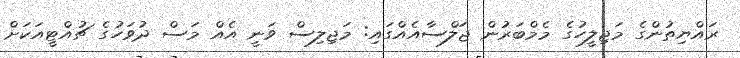
ރައްޔިތުންގެ މަޖިލީހުގެ މެމްބަރުން ޖަލްސާއެއްގައި: މަޖިލިސް ވަނީ އެއް މަސް ދުވަހުގެ ޗުއްޓީއަކަށް